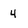
Character: 4